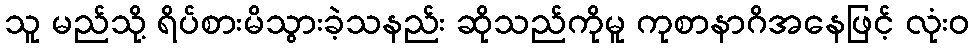
သူ မည်သို့ ရိပ်စားမိသွားခဲ့သနည်း ဆိုသည်ကိုမူ ကုစာနာဂိအနေဖြင့် လုံးဝ